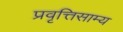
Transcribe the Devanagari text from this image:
प्रवृत्तिसाम्य